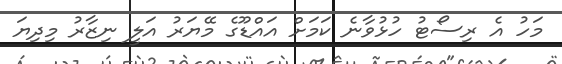
މަހު އެ ރިސޯޓު ހުޅުވާނެ ކަމަށް އައްޑޫގެ މޭޔަރު އަލީ ނިޒާރު މިދިޔަ